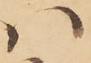
ハ